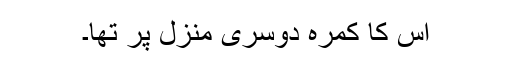
اس کا کمرہ دوسری منزل پر تھا۔